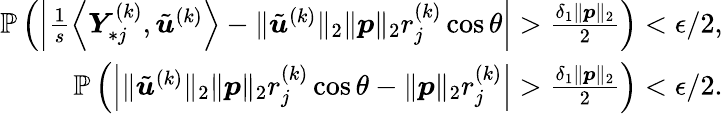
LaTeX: \begin{array}{r}{\mathbb{P}\left(\left|\frac{1}{s}\left\langle{\boldsymbol Y}_{*j}^{(k)},\tilde{{\boldsymbol u}}^{(k)}\right\rangle-\| \tilde{{\boldsymbol u}}^{(k)}\| _{2}\| {\boldsymbol p}\| _{2}r_{j}^{(k)}\cos\theta\right|>\frac{\delta_{1}\| {\boldsymbol p}\| _{2}}{2}\right)<\epsilon/2,}\\ {\mathbb{P}\left(\left|\| \tilde{{\boldsymbol u}}^{(k)}\| _{2}\| {\boldsymbol p}\| _{2}r_{j}^{(k)}\cos\theta-\| {\boldsymbol p}\| _{2}r_{j}^{(k)}\right|>\frac{\delta_{1}\| {\boldsymbol p}\| _{2}}{2}\right)<\epsilon/2.}\end{array}